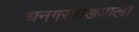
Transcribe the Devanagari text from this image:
धनगरवाड्याला